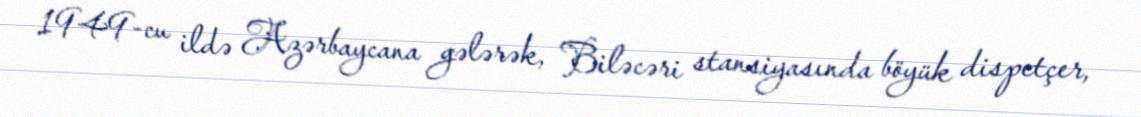
1949-cu ildə Azərbaycana gələrək, Biləcəri stansiyasında böyük dispetçer,